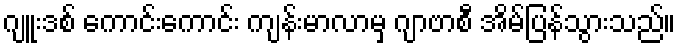
ဂျူးဒစ် ကောင်းကောင်း ကျန်းမာလာမှ ဂျာဗာစီ အိမ်ပြန်သွားသည်။